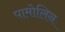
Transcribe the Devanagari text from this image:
पामोलिन